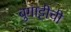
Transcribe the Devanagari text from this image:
बुगाट्टीची